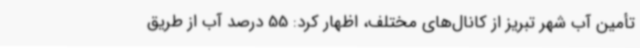
تأمین آب شهر تبریز از کانال‌های مختلف، اظهار کرد: 55 درصد آب از طریق